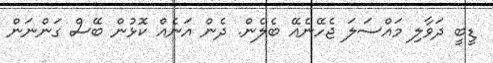
ޑީބީ ދަވާލި މައްސަލަަ ޖެހޭނެއޭ ބެލެން. ދެން އަނެއް ކޮޅުން ބޭސް ގަންނަން